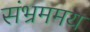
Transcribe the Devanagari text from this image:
संभ्रममय